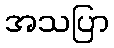
အသပြာ